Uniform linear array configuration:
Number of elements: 32
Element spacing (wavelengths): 0.5
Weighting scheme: binomial
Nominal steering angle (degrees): -15
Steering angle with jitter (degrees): -15.235
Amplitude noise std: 0.05
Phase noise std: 0.05

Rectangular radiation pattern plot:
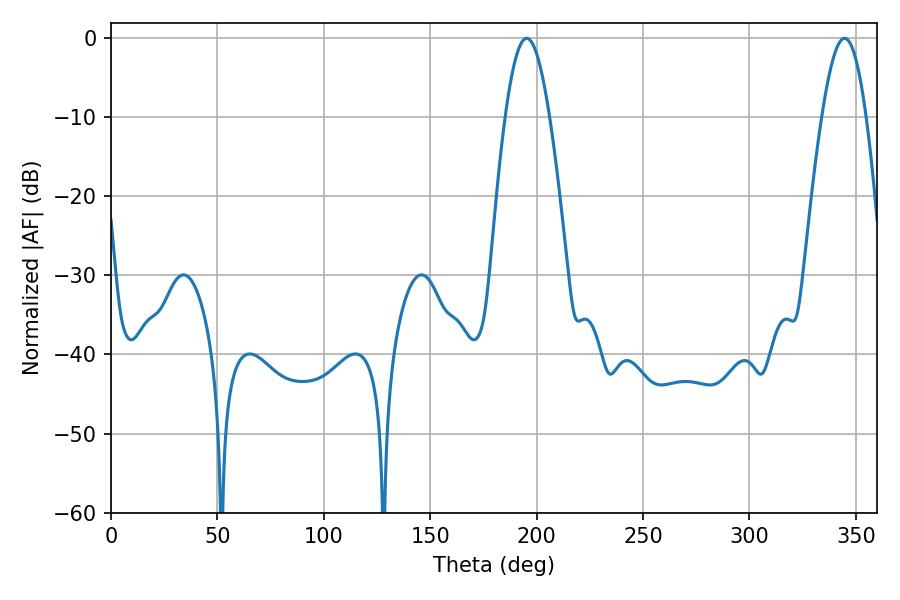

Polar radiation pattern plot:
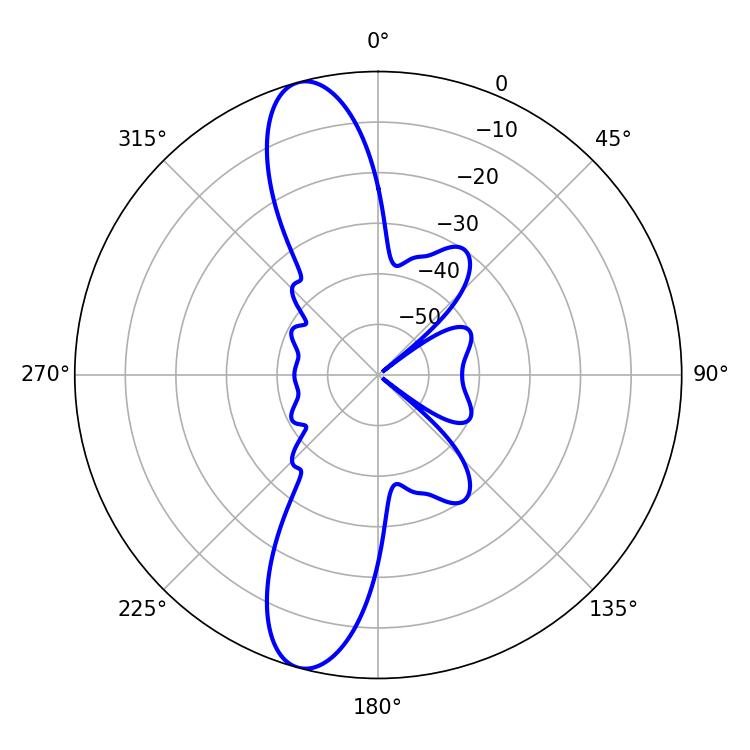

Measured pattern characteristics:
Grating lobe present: FALSE
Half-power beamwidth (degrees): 11.34
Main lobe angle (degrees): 344.7